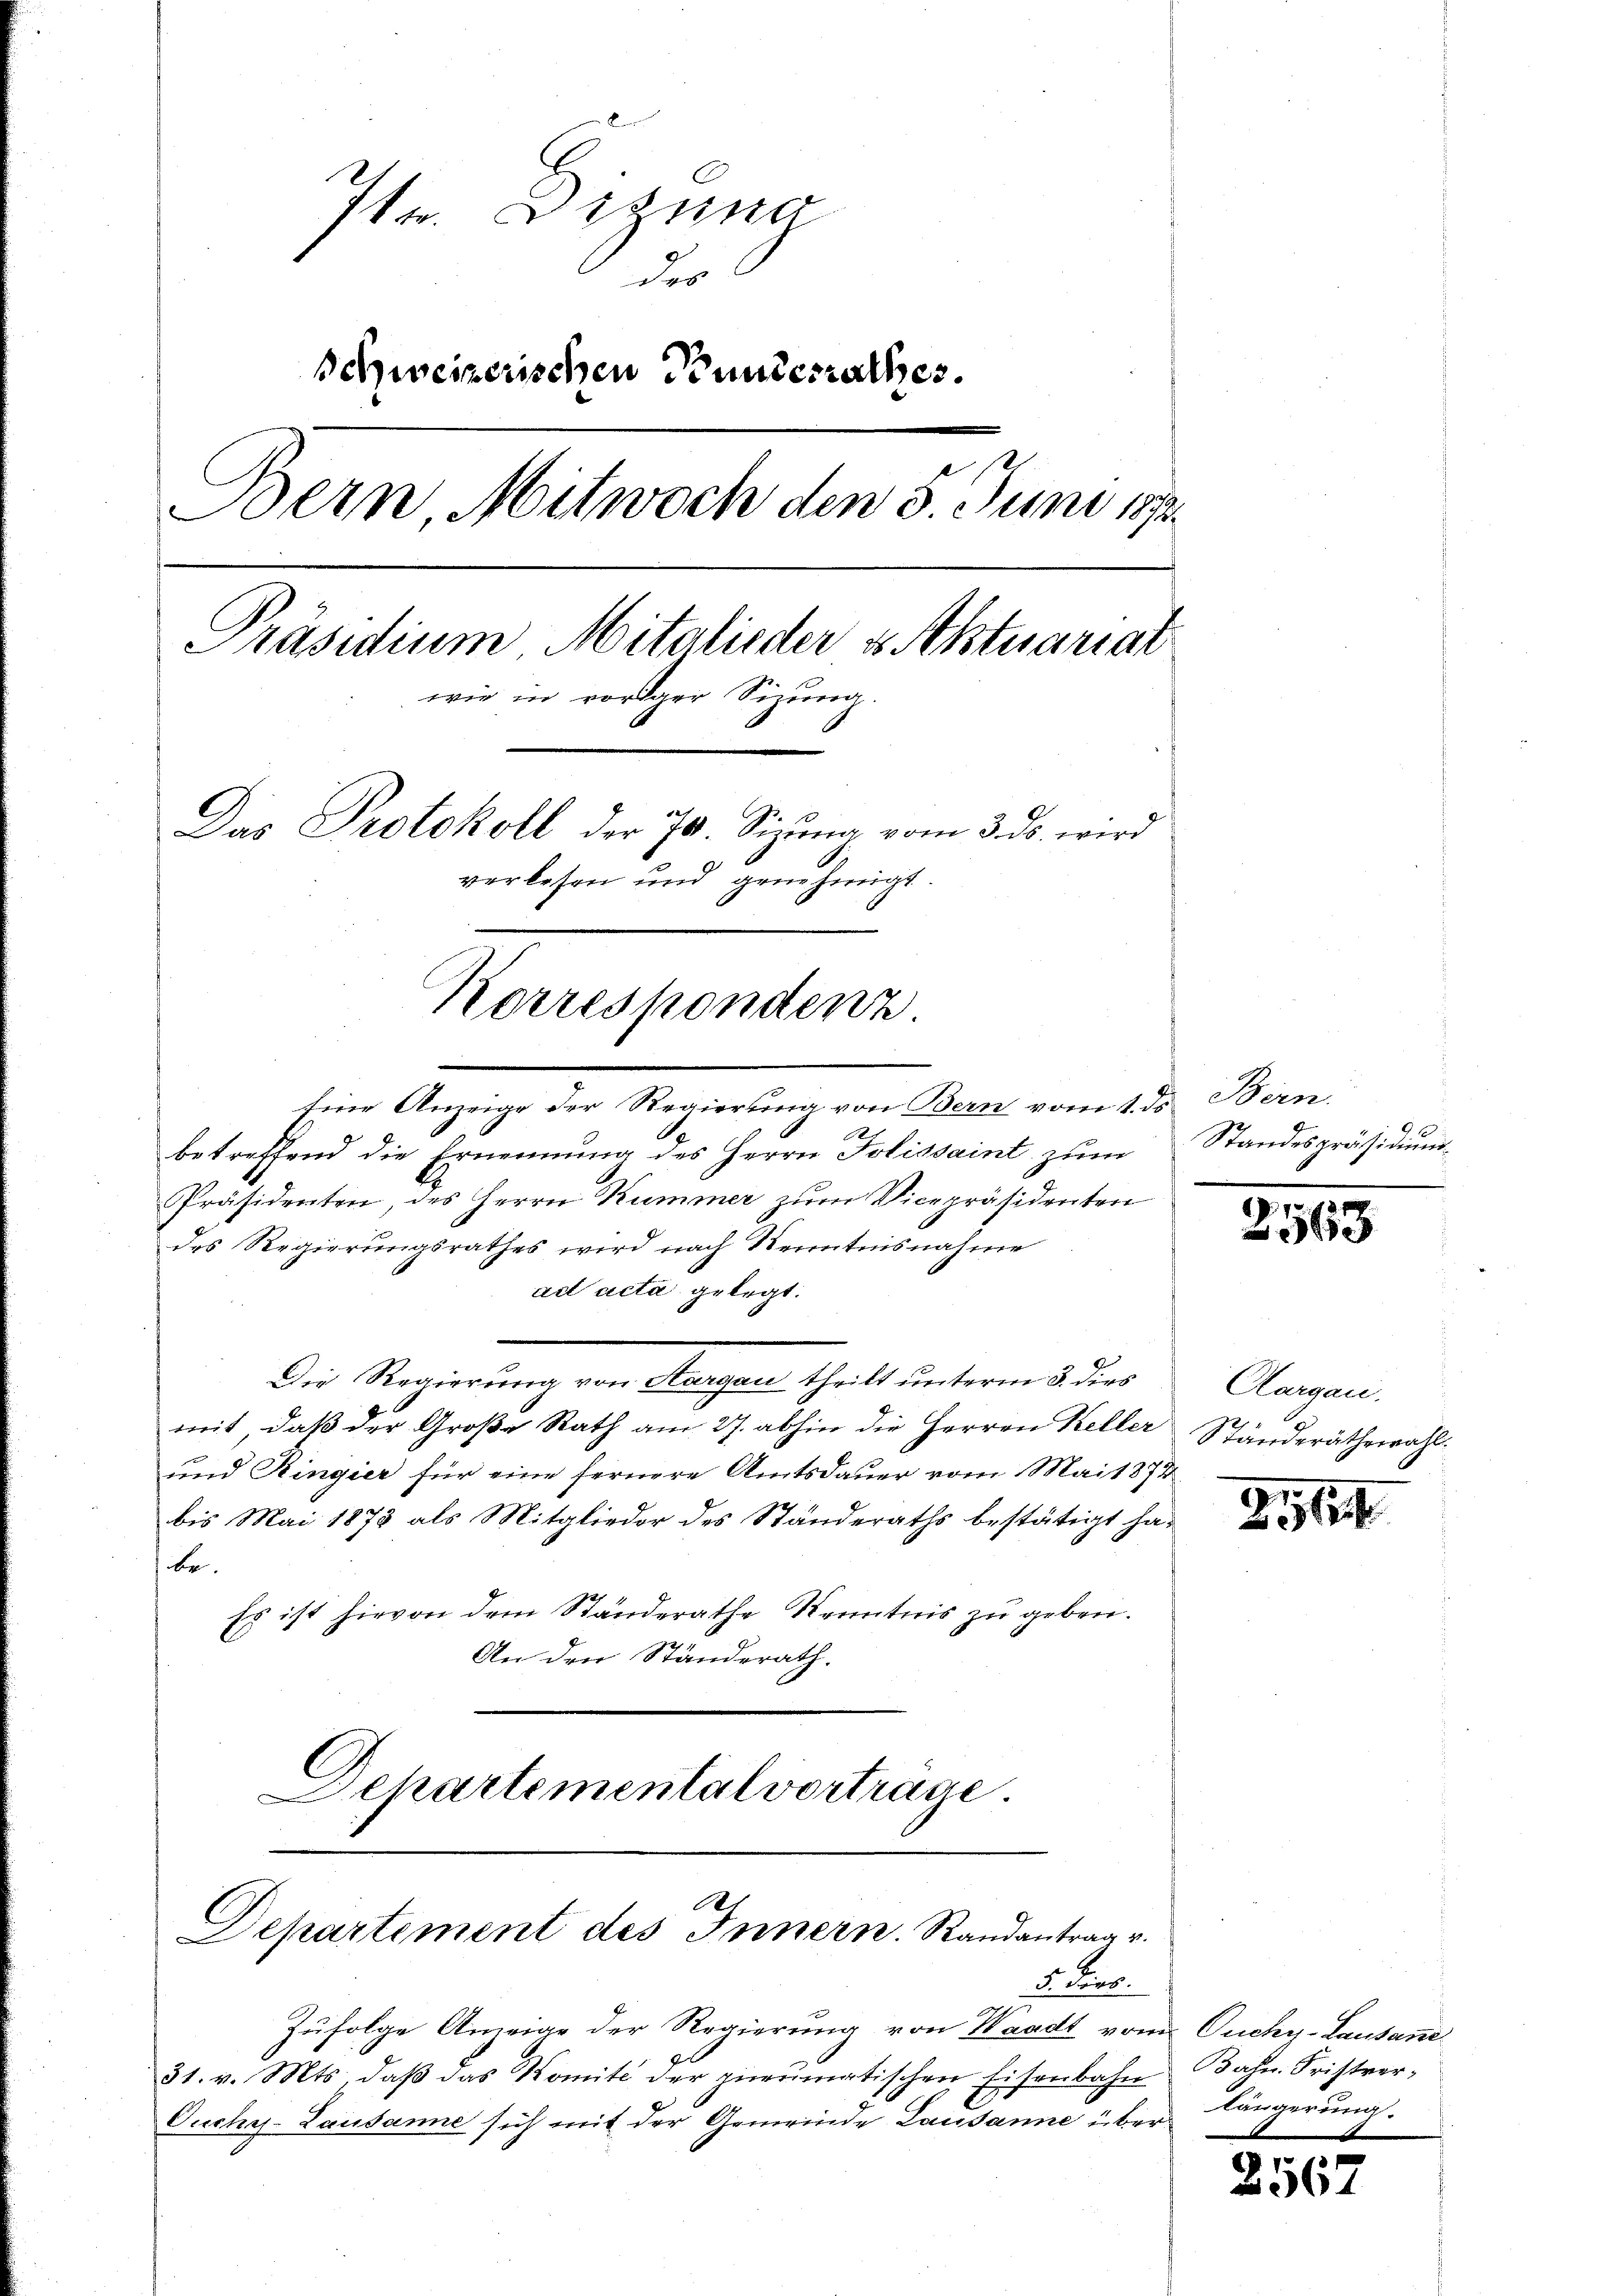
Ite. Dizina
des
Schweizerischen Pundesrathes.
Bern, Mitwoch den 5. Juni 1892.
Präsidium Mitglieder Aktuariat
wie in voriger Sizung.
Das Protokoll der 70. Sizŭng vom 3. ds. wird
verlesen und genehmigt.

Korrespondenz
n

Eine Anzeige der Regierung von Bern vom 1. ds Bern.
betreffend die Ernennung des Herrn Folissaint zum
Präsidenten, des Herrn Kummer zum Vicepräsidenten
des Regierungsrathes wird nach Kenntnisnahme
ad acta gelegt.
Die Regierung von Aargau theilt unterm 3 dies Clargau,
mit, daß der Große Rath am 27. abhin die Herren Keller Ständeräthswahl¬
und Ringier für eine fernere Amtsdauer vom Mai 1872
bis Mai 1873 als Mitglieder des Ständeraths bestätigt hat
be.
Es ist hievon dem Standerathe Kenntnis zu geben.
An den Ständerath.
Departemental vortrage

Departement des Innern. Randantrag v.
5 ver

Zufolge Anzeige der Regierung von Waadt vom Ouchy-Lausanne
s
31. v. Mts. daβ das Womite der gneumatischen Eisenbahn
Ouches-Lausanne sich mit der Gemeinde Lausanne über¬

Standespräsidium

7
563

Bahn. Fristverlängerung.

2567